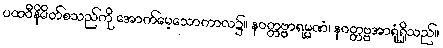
ပထဝီနိမိတ်စသည်ကို အောက်မေ့သောကာလ၌။ နဝတ္တဗ္ဗာရမ္မဏံ၊ နဝတ္တဗ္ဗအာရုံရှိသည်။